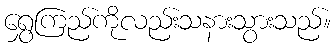
ရွှေကြည်ကိုလည်းသနားသွားသည်။